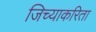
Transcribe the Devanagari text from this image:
जिच्याकरिता